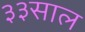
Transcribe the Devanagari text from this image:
३३साल